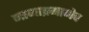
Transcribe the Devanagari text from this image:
नागाप्रमाणेच